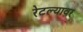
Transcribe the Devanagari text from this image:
रेटल्यावर